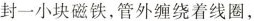
封一小块磁铁，管外缠绕着线圈，